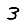
Digit: 3